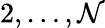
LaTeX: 2,\ldots,\mathcal{N}